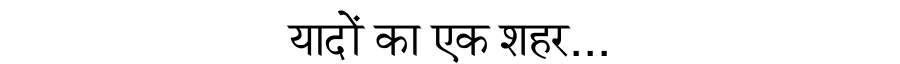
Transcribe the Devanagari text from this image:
यादों का एक शहर...